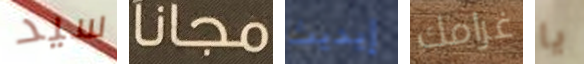
سيد مجانا إيديث غرامك يا